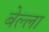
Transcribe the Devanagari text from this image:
बेल्ला